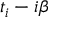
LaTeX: t _ { i } - i \beta